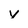
Character: v